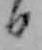
日